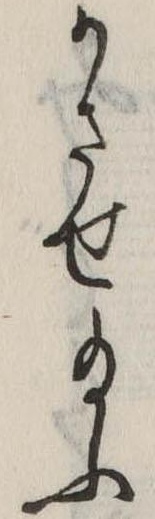
かさせ給ふ